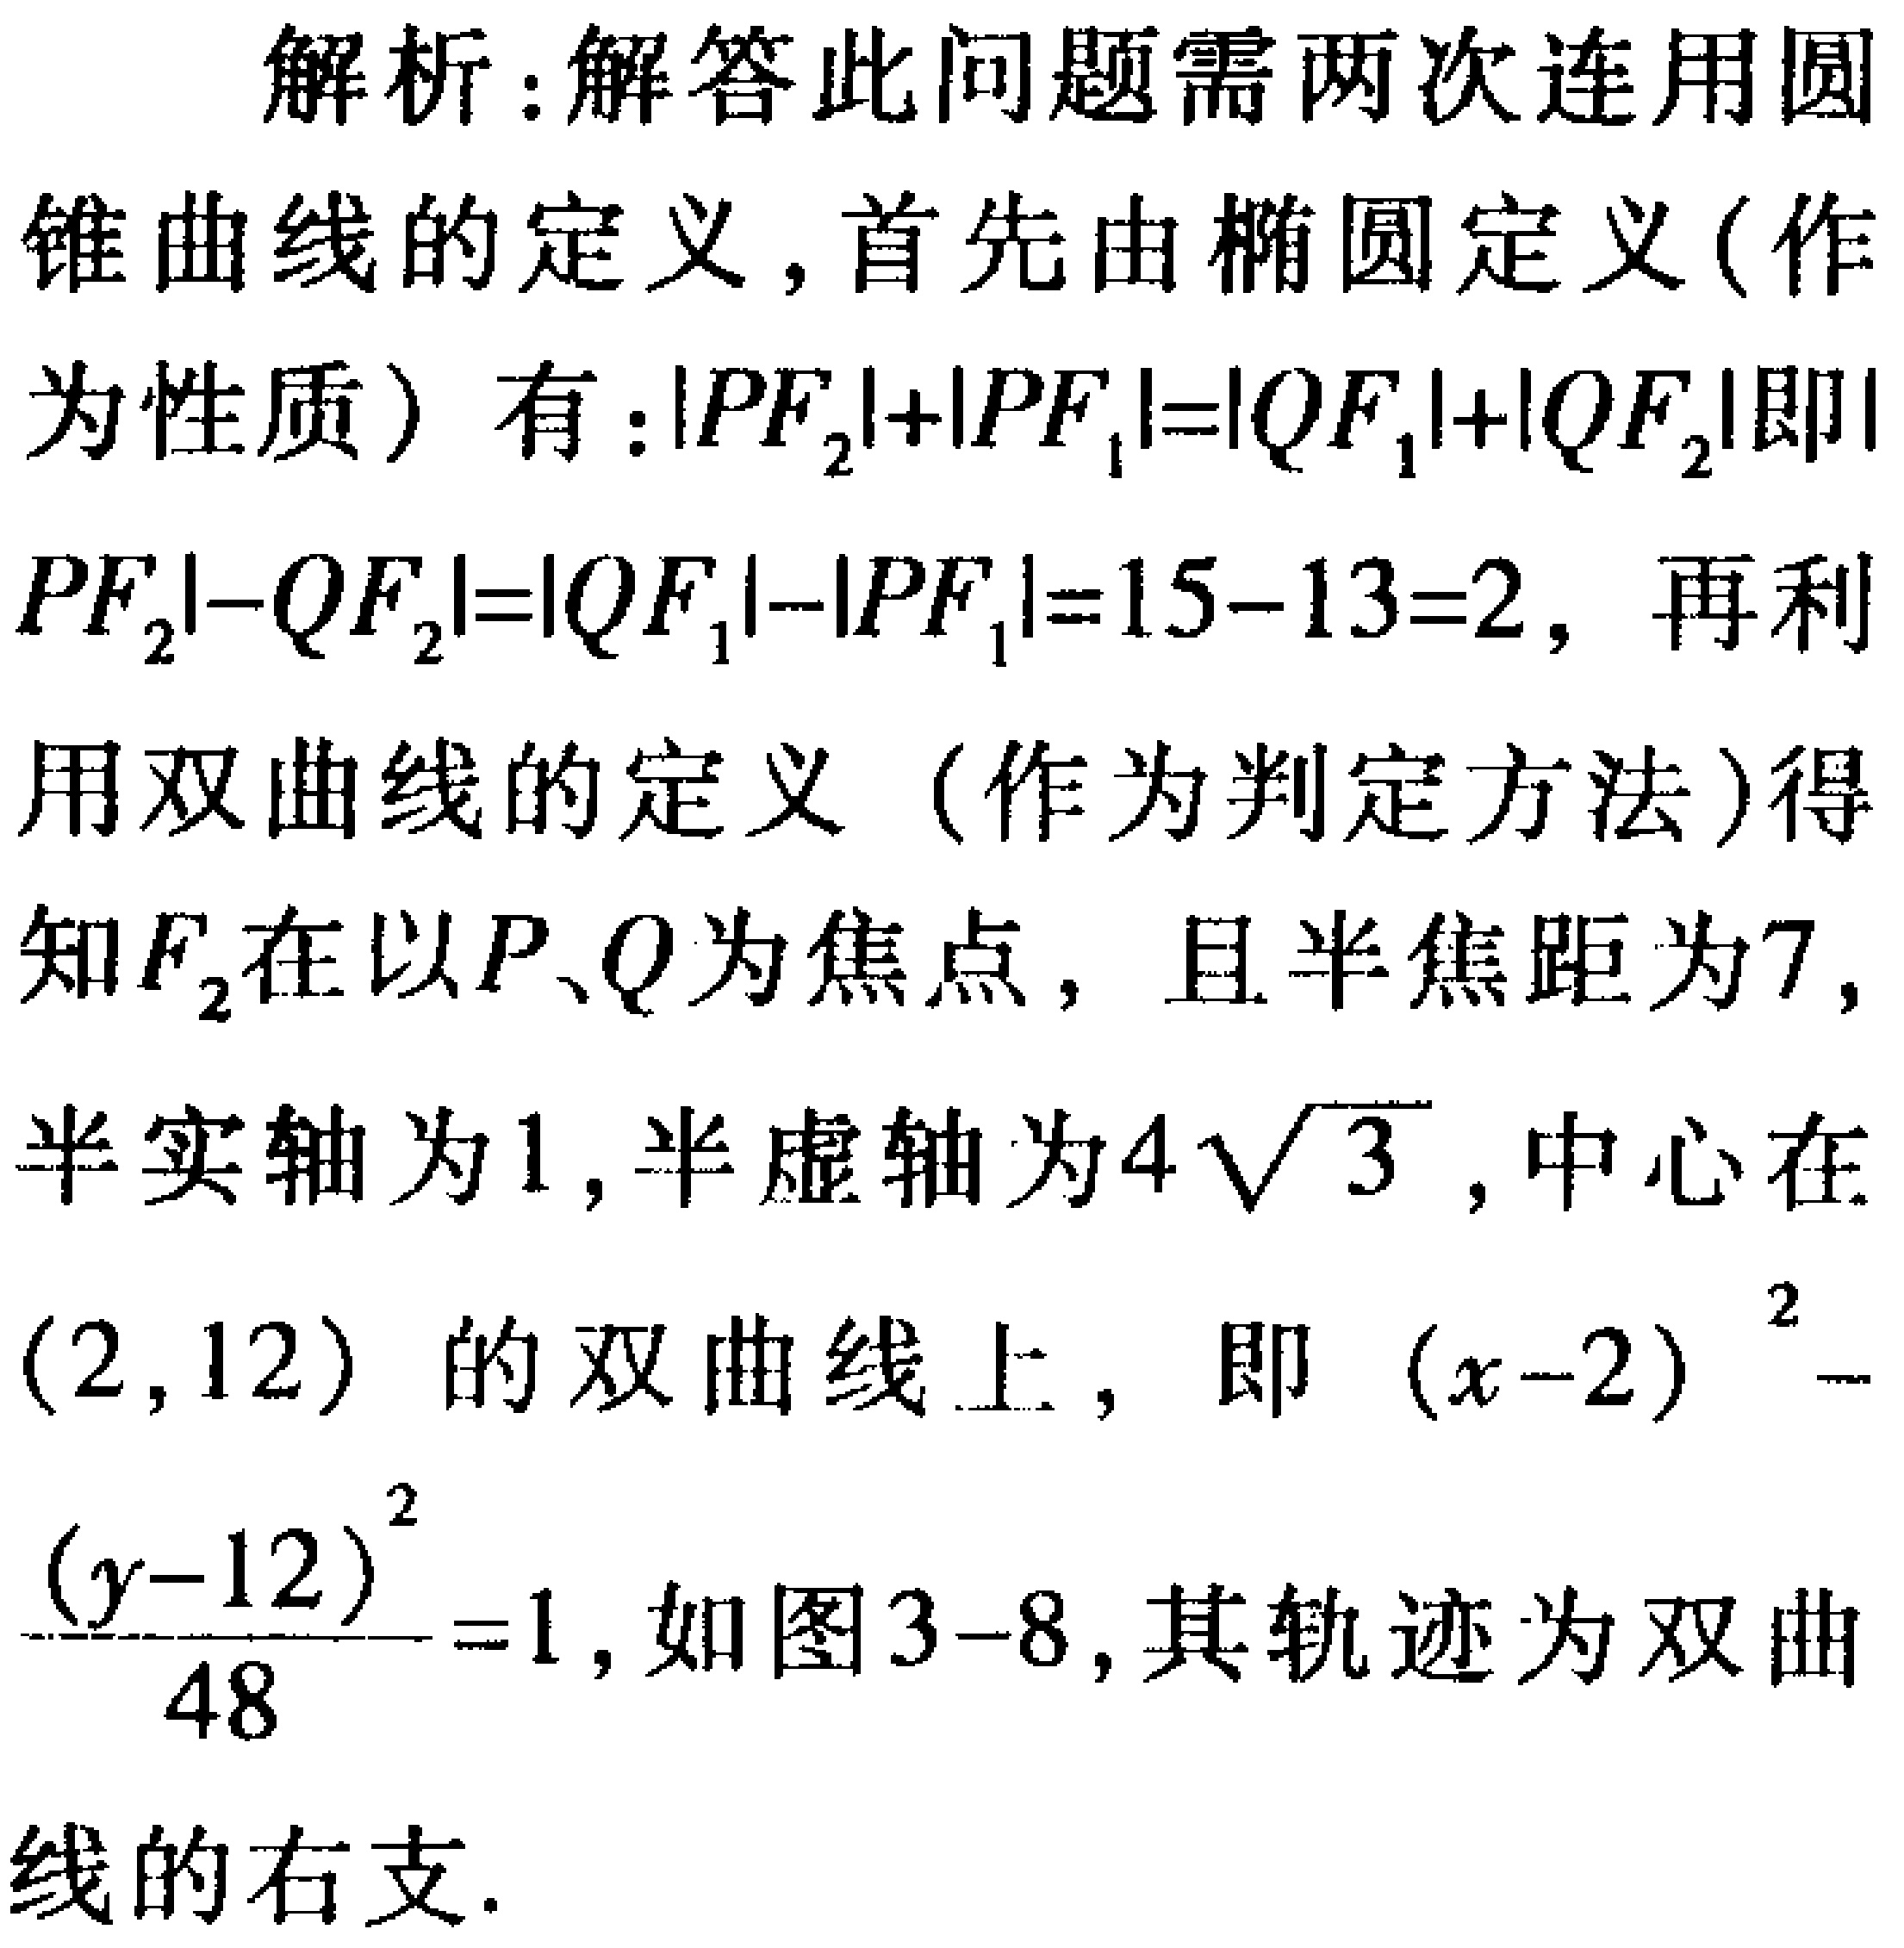
解析：解答此问题需两次连用圆锥曲线的定义，首先由椭圆定义(作为性质) 有：\(\vert PF_{2}\vert+\vert PF_{1}\vert=\vert QF_{1}\vert+\vert QF_{2}\vert\)即\(\vert PF_{2}\vert - \vert QF_{2}\vert=\vert QF_{1}\vert - \vert PF_{1}\vert = 15 - 13 = 2\)，再利用双曲线的定义（作为判定方法）得知\(F_{2}\)在以\(P、Q\)为焦点，且半焦距为\(7\)，半实轴为\(1\)，半虚轴为\(4\sqrt{3}\)，中心在\((2,12)\) 的双曲线上，即 \((x - 2)^{2}-\frac{(y - 12)^{2}}{48}=1\)，如图3-8，其轨迹为双曲线的右支.